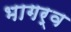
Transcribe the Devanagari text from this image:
भागर्व